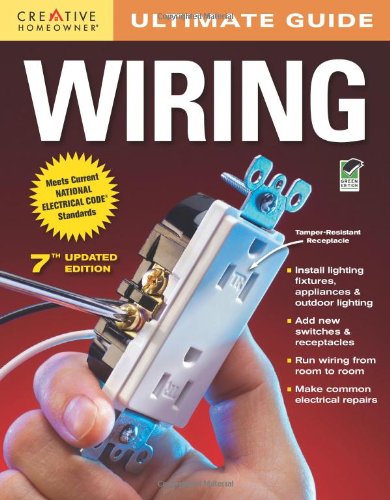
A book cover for Ultimate Guide: Wiring, 7th edition (Home Improvement); Editors of Creative Homeowner; Engineering & Transportation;